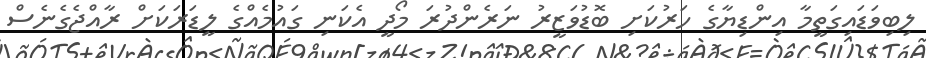
ލިބިވަޑައިގަތީމާ އިންޑިޔާގެ ހަރުކަށި ބޮޑުވަޒީރު ނަރެންދުރަ މޯދީ އެކަނި ގައުމެއްގެ ލީޑަރަކަށް ރާއްޖެގެނެސް